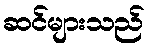
ဆင်များသည်